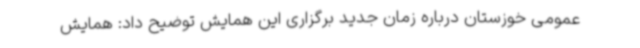
عمومی خوزستان درباره زمان جدید برگزاری این همایش توضیح داد: همایش